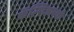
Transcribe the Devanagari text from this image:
कॅल्शिअमची